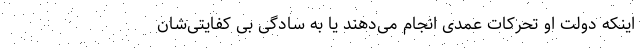
اینکه دولت او تحرکات عمدی انجام می‌دهند یا به سادگی بی کفایتی‌شان